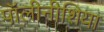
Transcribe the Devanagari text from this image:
पॉलीनीशिया